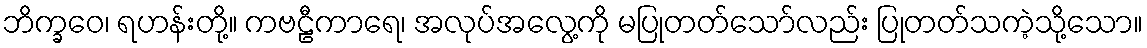
ဘိက္ခဝေ၊ ရဟန်းတို့။ ကဗဠီကာရေ၊ အလုပ်အလွေ့ကို မပြုတတ်သော်လည်း ပြုတတ်သကဲ့သို့သော။